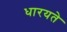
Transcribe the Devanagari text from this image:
धारयते